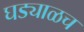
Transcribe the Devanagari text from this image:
घड्याळच